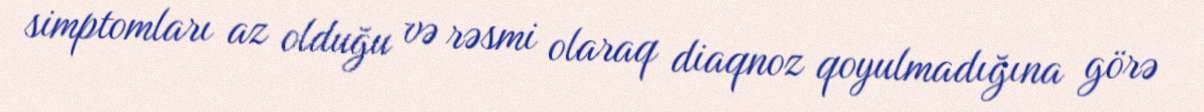
simptomları az olduğu və rəsmi olaraq diaqnoz qoyulmadığına görə